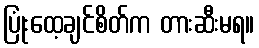
ပြုံးထေ့ချင်စိတ်က တားဆီးမရ။